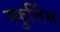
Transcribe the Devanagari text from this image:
स्फुर्तिस